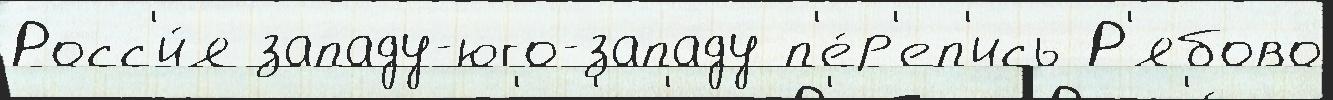
Росс'и́я западу-юго-западу п'е́р'еп'ись Р'ябово